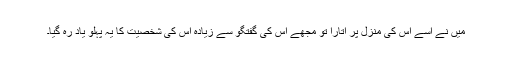
میں نے اسے اس کی منزل پر اتارا تو مجھے اس کی گفتگو سے زیادہ اس کی شخصیت کا یہ پہلو یاد رہ گیا۔